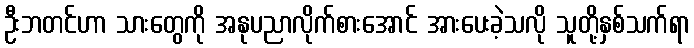
ဦးဘတင်ဟာ သားတွေကို အနုပညာလိုက်စားအောင် အားပေးခဲ့သလို သူတို့နှစ်သက်ရာ